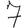
Digit: 7